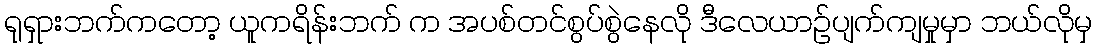
ရုရှားဘက်ကတော့ ယူကရိန်းဘက် က အပစ်တင်စွပ်စွဲနေလို ဒီလေယာဉ်ပျက်ကျမှုမှာ ဘယ်လိုမှ